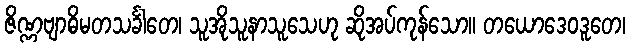
ဇိဏ္ဏဗျာဓိမတသင်္ခါတေ၊ သူအိုသူနာသူသေဟု ဆိုအပ်ကုန်သော။ တယောဒေဝဒူတေ၊